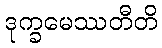
ဒုက္ခမေဿတီတိ